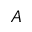
A